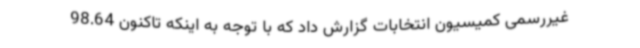
غیررسمی کمیسیون انتخابات گزارش داد که با توجه به اینکه تاکنون 98.64